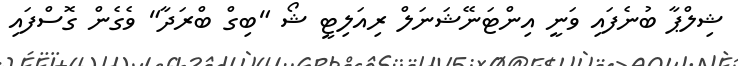
ޝިލްޕާ ބުނެފައި ވަނީ އިންޓަނޭޝަނަލް ރިއަލިޓީ ޝޯ "ބިގް ބްރަދާ" ވެގެން ގޮސްފައި